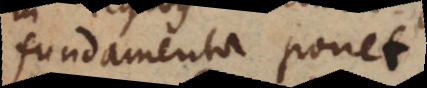
fundamenta ponet.